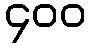
၄၀၀